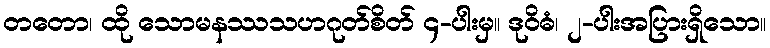
တတော၊ ထို သောမနဿသဟဂုတ်စိတ် ၄-ပါးမှ။ ဒုဝိဓံ၊ ၂-ပါးအပြားရှိသော။